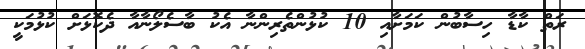
ރަތް ކާޑާ ހިސާބުން ކަމަށާއި 10 ކުޅުންތެރިންނާ އެކު ބާސެލޯނާއާ ދެކޮޅަށް ކުޅުމަކީ